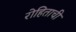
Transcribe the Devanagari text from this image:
रोहिताची